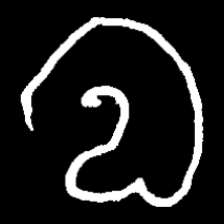
Pyu character \u2014 Myanmar letter: လ (romanized: la)